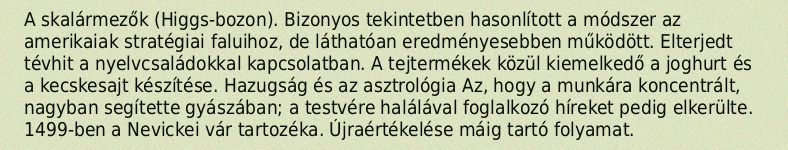
A skalármezők (Higgs-bozon). Bizonyos tekintetben hasonlított a módszer az amerikaiak stratégiai faluihoz, de láthatóan eredményesebben működött. Elterjedt tévhit a nyelvcsaládokkal kapcsolatban. A tejtermékek közül kiemelkedő a joghurt és a kecskesajt készítése. Hazugság és az asztrológia Az, hogy a munkára koncentrált, nagyban segítette gyászában; a testvére halálával foglalkozó híreket pedig elkerülte. 1499-ben a Nevickei vár tartozéka. Újraértékelése máig tartó folyamat.